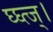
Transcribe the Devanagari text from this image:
घ्घ्त्ज्।